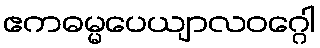
ဧကဓမ္မပေယျာလဝဂ္ဂေါ